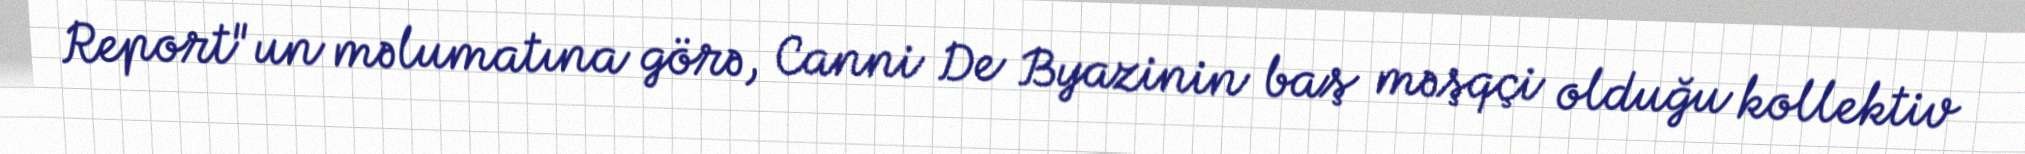
Report"un məlumatına görə, Canni De Byazinin baş məşqçi olduğu kollektiv